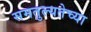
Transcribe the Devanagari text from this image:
समतुल्यतेच्या